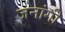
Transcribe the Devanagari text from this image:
जनांगी